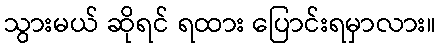
သွားမယ် ဆိုရင် ရထား ပြောင်းရမှာလား။